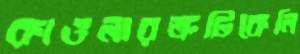
কাওলারত্রুটিকেলি